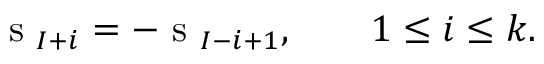
\mathrm { ~ s ~ } _ { I + i } = - \mathrm { ~ s ~ } _ { I - i + 1 } , \qquad 1 \leq i \leq k .